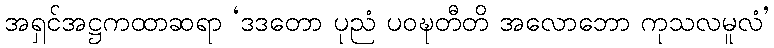
အရှင်အဋ္ဌကထာဆရာ ‘ဒဒတော ပုညံ ပဝဍ္ဎတီတိ အလောဘော ကုသလမူလံ’